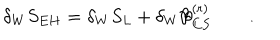
\delta _ { W } S _ { E H } = \delta _ { W } S _ { L } + \delta _ { W } { \cal B } _ { C S } ^ { ( r ) } \qquad .